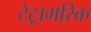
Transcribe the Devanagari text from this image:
टेट्रामरिक